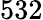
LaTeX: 532